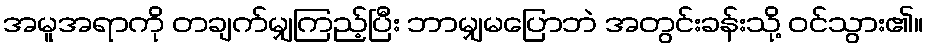
အမူအရာကို တချက်မျှကြည့်ပြီး ဘာမျှမပြောဘဲ အတွင်းခန်းသို့ ဝင်သွား၏။